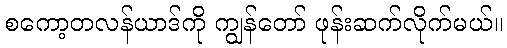
စကော့တလန်ယာဒ်ကို ကျွန်တော် ဖုန်းဆက်လိုက်မယ်။